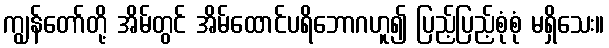
ကျွန်တော်တို့ အိမ်တွင် အိမ်ထောင်ပရိဘောဂဟူ၍ ပြည့်ပြည့်စုံစုံ မရှိသေး။